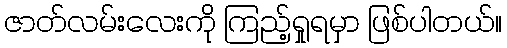
ဇာတ်လမ်းလေးကို ကြည့်ရှုရမှာ ဖြစ်ပါတယ်။